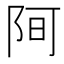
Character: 𮥀